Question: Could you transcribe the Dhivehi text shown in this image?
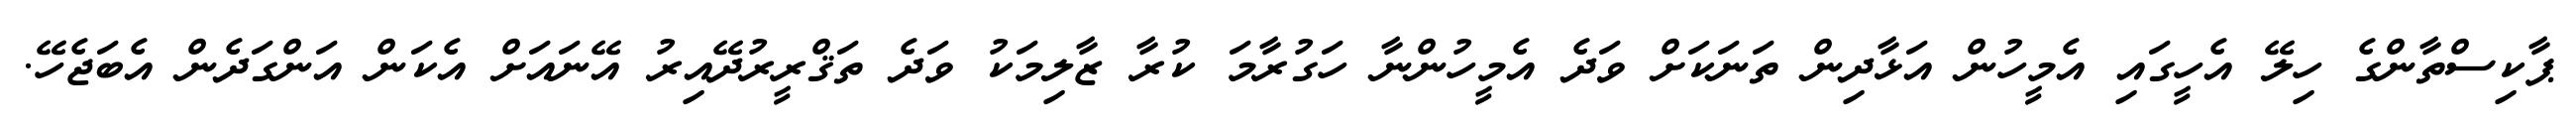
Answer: ޕާކިސްތާންގެ ހިލޭ އެހީގައި އެމީހުން އަޅާދިން ތަނަކަށް ވަދެ އެމީހުންނާ ހަގުރާމަ ކުރާ ޒާލިމަކު ވަދެ ތަޤްރީރުދޭއިރު އޭނައަށް އެކަން އަންގަދެން އެބަޖެހޭ.